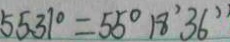
5 5 . 3 7 ^ { \circ } = 5 5 ^ { \circ } 1 8 ^ { \prime } 3 6 ^ { \prime \prime }